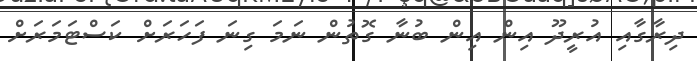
ދިރާގާއި އުރީދޫ އިން އިން ބުނާ ގޮތުން ނަމަ ގިނަ ފަހަރަށް ކަސްޓަމަރަށް